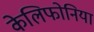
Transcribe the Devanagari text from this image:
केलिफोनिया